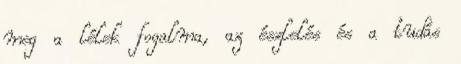
meg a lélek fogalma, az észlelés és a tudás